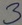
Text: 3